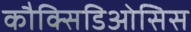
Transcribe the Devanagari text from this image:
कौक्सिडिओसिस